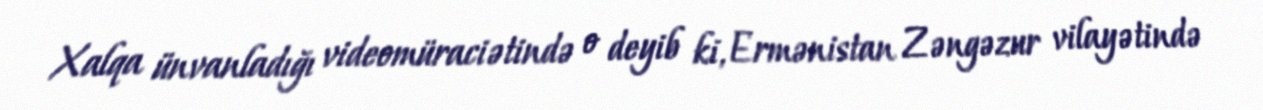
Xalqa ünvanladığı videomüraciətində o deyib ki, Ermənistan Zəngəzur vilayətində